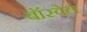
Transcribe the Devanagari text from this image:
बॉस्वेल